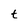
Character: t